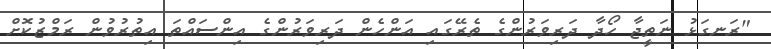
"ރަނގަޅު ނަތީޖާ ހޯދާ ދަރިވަރުންގެ ތެރޭގައި އަންހެން ދަރިވަރުންގެ އިންސައްތަ އިތުރުވުން ރަމްޒުކޮށް